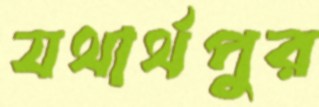
যথার্থপুর